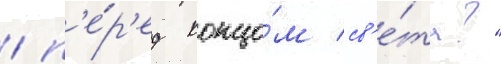
/ п'е́р'ед концо́м св'е́та?"